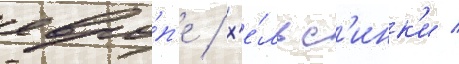
евро́п'е / х'е́льс'инк'и /